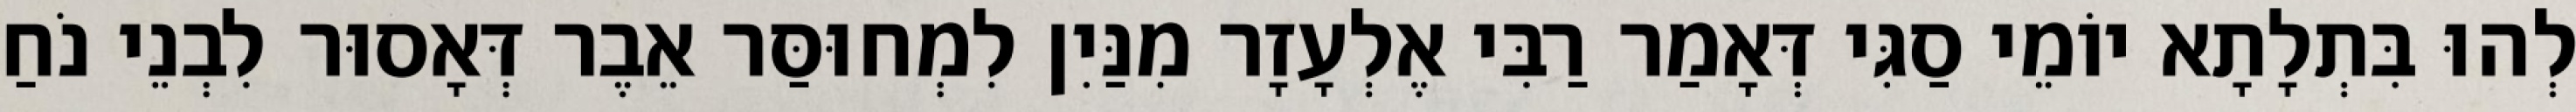
לְהוּ בִּתְלָתָא יוֹמֵי סַגִּי דְּאָמַר רַבִּי אֶלְעָזָר מִנַּיִן לִמְחוּסַּר אֵבֶר דְּאָסוּר לִבְנֵי נֹחַ